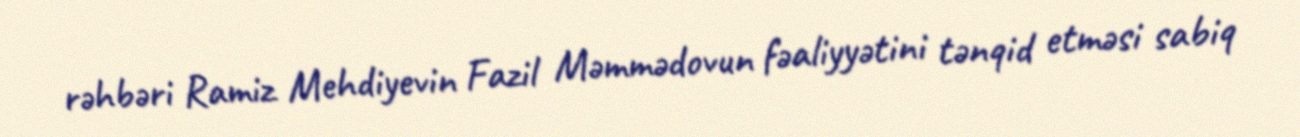
rəhbəri Ramiz Mehdiyevin Fazil Məmmədovun fəaliyyətini tənqid etməsi sabiq